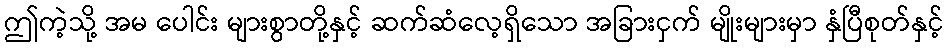
ဤကဲ့သို့ အမ ပေါင်း များစွာတို့နှင့် ဆက်ဆံလေ့ရှိသော အခြားငှက် မျိုးများမှာ နှံပြီစုတ်နှင့်